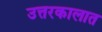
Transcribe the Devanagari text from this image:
उत्तरकालात